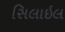
સિલાઇલ